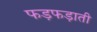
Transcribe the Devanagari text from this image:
फड़फड़ाती